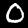
Label: 0